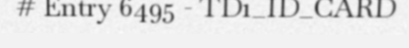
# Entry 6495 - TD1_ID_CARD